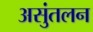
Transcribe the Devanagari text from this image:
असुंतलन